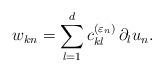
LaTeX: \begin{align*}w_{kn} = \sum_{l=1}^d c^{(\varepsilon_n)}_{kl} \, \partial_l u_n. \end{align*}